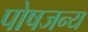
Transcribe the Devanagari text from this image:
पोषजन्य